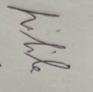
Signature authenticity: genuine